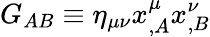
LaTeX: G_{AB}\equiv\eta_{\mu\nu}x_{,A}^{\mu}x_{,B}^{\nu}